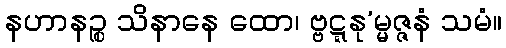
နဟာနဉ္စ သိနာနေ ထော၊ ဗ္ဗဋ္ဋနု’မ္မဇ္ဇနံ သမံ။